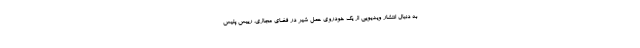
به دنبال انتشار ویدیویی از یک خودروی حمل شیر در فضای مجازی، رییس پلیس